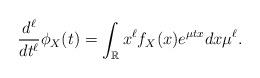
LaTeX: \begin{align*} \frac{d^\ell}{dt^\ell}\phi_X(t) = \int_\mathbb{R}x^\ell f_X(x)e^{\mu tx} dx\mu^\ell .\end{align*}